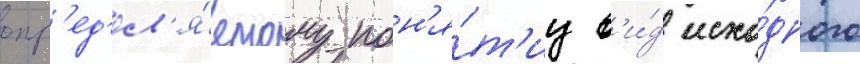
опр'ед'ел'я́емому пон'я́т'иу в'и́д исхо́дного